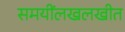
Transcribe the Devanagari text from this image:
समयींलखलखीत